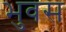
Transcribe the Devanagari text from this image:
भुवस